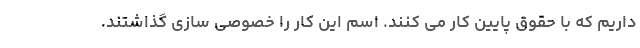
داریم که با حقوق پایین کار می کنند. اسم این کار را خصوصی سازی گذاشتند.